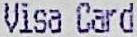
VISA CARD